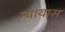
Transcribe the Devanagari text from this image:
न्यायास